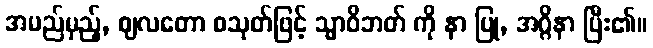
အမည်မှည့်, ဈလတော စသုတ်ဖြင့် သ္မာဝိဘတ် ကို နာ ပြု, အဂ္ဂိနာ ပြီး၏။